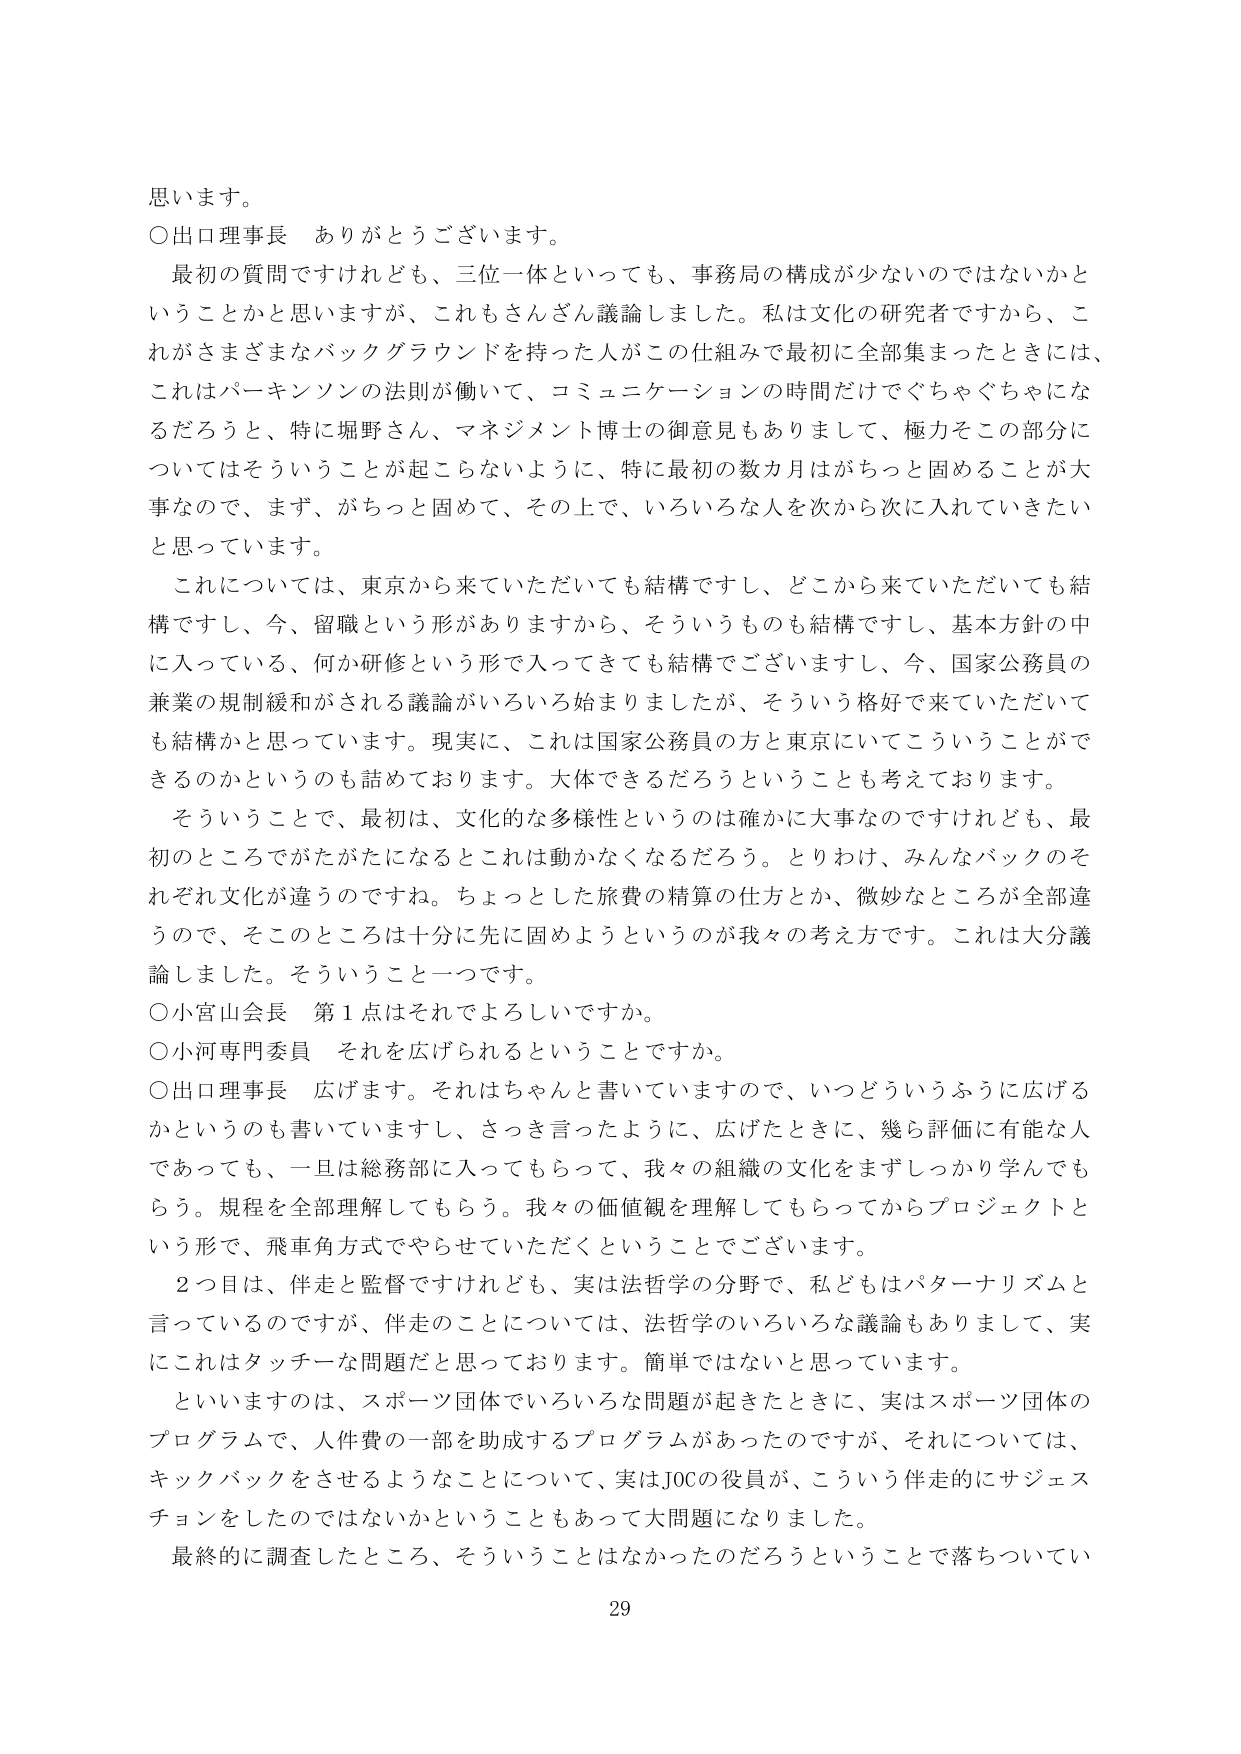
思います。
○出口理事長　ありがとうございます。
　最初の質問ですけれども、三位一体といっても、事務局の構成が少ないのではないかということかと思いますが、これもさんざん議論しました。私は文化の研究者ですから、これがさまざまなバックグラウンドを持った人がこの仕組みで最初に全部集まったときには、これはパーキンソンの法則が働いて、コミュニケーションの時間だけでぐちゃぐちゃになるだろうと、特に堀野さん、マネジメント博士の御意見もありまして、極力そこの部分についてはそういうことが起こらないように、特に最初の数カ月はがちっと固めることが大事なので、まず、がちっと固めて、その上で、いろいろな人を次から次に入れていくたいと思っています。
　これについては、東京から来ていただいても結構ですし、どこから来ていただいても結構ですし、今、留職という形がありますから、そういうものも結構ですし、基本方針の中に入っている、何か研修という形で入ってきてても結構でございますし、今、国家公務員の兼業の規制緩和がされる議論がいろいろ始まりましたが、そういう格好で来ていただいても結構かと思っています。現実に、これは国家公務員の方と東京にいてこういうことができるのかというのも話めております。大体できるだろうということを考えております。
　そういうことで、最初は、文化的な多様性というのは確かに大事なのですがけれども、最初のところであたたになるとこれは動かなくなるだろう。とりわけ、みんなバックのそれぞれ文化が違うのですね。ちょっとした旅費の精算の仕方とか、微妙なところが全部違うので、そこのところは十分に先に固めようというのが我々の考え方です。これは大分議論しました。そういうこと一つです。
○小宮山会長　第1点はそれでよろしいですか。
○小河専門委員　それを広げられるということですか。
○出口理事長　広げます。それはちゃんと書いていますので、いつどういうふうに広げるかというのも書いていますし、さっき言ったように、広げたときに、幾ら評価に有能な人であっても、一旦は総務部に入ってもらって、我々の組織の文化をまずしっかり学んでもらう。規程を全部理解してもらう。我々の価値観を理解してもらってからプロジェクトという形で、飛車角方式でやらせていただくということでございます。
　2つ目は、伴走と監督ですけれども、実は法哲学の分野で、私どもはパターナリズムと言っているのですが、伴走のことについては、法哲学のいろいろな議論もありまして、実にこれはタッチーな問題だと思っております。簡単ではないと思っています。
　といいますのは、スポーツ団体でいろいろな問題が起きたときに、実はスポーツ団体のプログラムで、人件費の一部を助成するプログラムがあったのですが、それについては、キックバックをさせるようなことについて、実はJOCの役員が、こういう伴走的にサジェスチョンをしたのではないかということもあって大問題になりました。
　最終的に調査したところ、そういうことはなかったのだろうということで落ちついてい
29